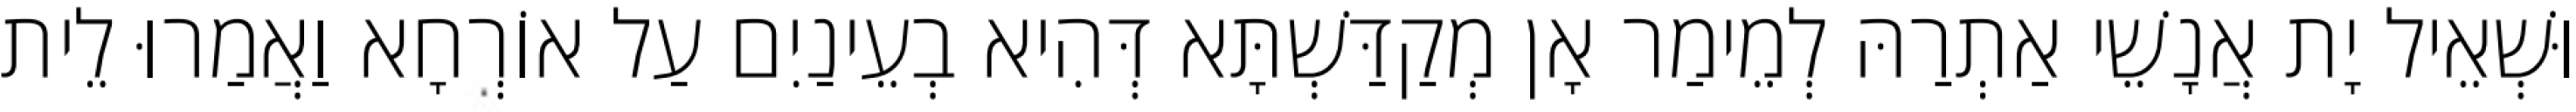
וּשְׁאֵיל יָת אֲנָשֵׁי אַתְרַהּ לְמֵימַר אָן מְקַדַּשְׁתָּא דְּהִיא בְעֵינַיִם עַל אוֹרְחָא וַאֲמַרוּ לֵית